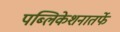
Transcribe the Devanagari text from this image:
पब्लिकेशनातर्फे